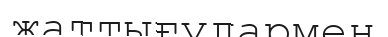
жаттығулармен